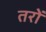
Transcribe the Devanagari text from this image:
तरों